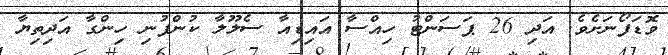
ވޮޑަފޯނަށެވެ. އަދި 26 ޕަސަންޓު ހިއްސާ އައިޑިއާ ސެލޫލާ ކުންފުނި ހިންގާ އަދިތިޔާ